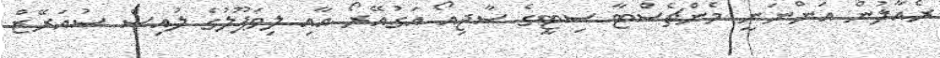
ރެއާލުން އަންނަނީ މެންޗެސްޓާ ސިޓީގެ ސާޖިއޯ އަގުއޭރޯ އާއި ލިވަޕޫލުގެ ލުއިސް ސުއަރޭޒް